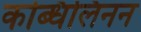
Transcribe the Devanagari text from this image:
कब्धिलिनन